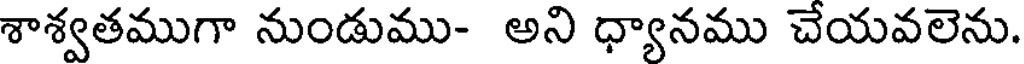
శాశ్వతముగా నుండుము- అని ధ్యానము చేయవలెను.